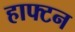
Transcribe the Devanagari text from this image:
हाफ्टन